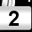
Digit: 2